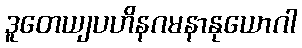
ဒူတေယျပဟိနဂမနာနုယောဂါ